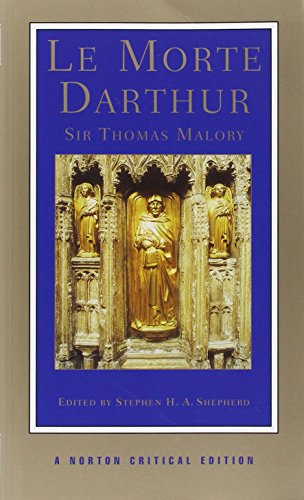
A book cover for Le Morte Darthur (Norton Critical Editions); Sir Thomas Malory; Literature & Fiction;